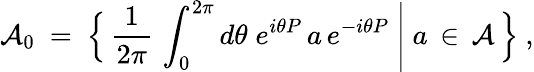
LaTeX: {\mathcal A}_{0}\ =\ \Bigl\{ \, \frac{1}{2\pi}\, \int_{0}^{2\pi}d\theta\; e^{i\theta P}\, a\, e^{-i\theta P}\ \Bigg|\ a\, \in\, {\mathcal A}\, \Bigr\} \ ,